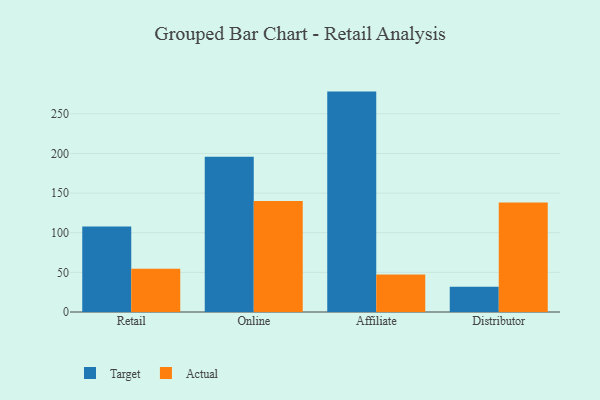
{"axis": {"x": "Channel", "y": "Satisfaction Score"}, "legend": ["Actual", "Target"], "data": [{"x": "Retail", "y": 107.7, "type": "Target"}, {"x": "Retail", "y": 54.6, "type": "Actual"}, {"x": "Online", "y": 195.9, "type": "Target"}, {"x": "Online", "y": 139.9, "type": "Actual"}, {"x": "Affiliate", "y": 278.0, "type": "Target"}, {"x": "Affiliate", "y": 47.2, "type": "Actual"}, {"x": "Distributor", "y": 31.9, "type": "Target"}, {"x": "Distributor", "y": 138.0, "type": "Actual"}]}